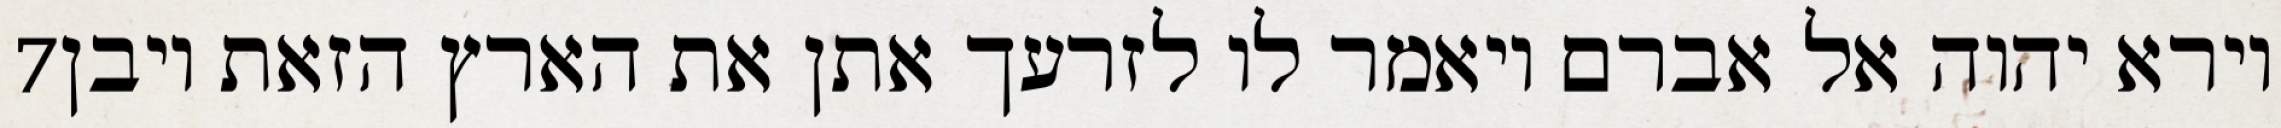
‎7‏ וירא יהוה אל אברם ויאמר לו לזרעך אתן את הארץ הזאת ויבן